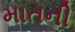
માતની